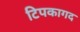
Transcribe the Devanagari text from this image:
टिपकागद